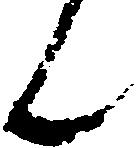
ん